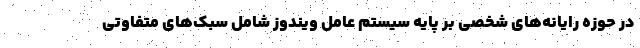
در حوزه رایانه‌های شخصی بر پایه سیستم عامل ویندوز شامل سبک‌های متفاوتی